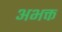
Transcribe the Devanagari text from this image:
अभक्त